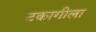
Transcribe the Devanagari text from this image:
टकागीला